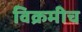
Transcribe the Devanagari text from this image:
विक्रमीच